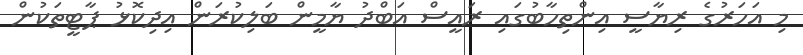
މި އަހަރުގެ ރިޔާސީ އިންތިހާބުގައި ރައީސް އަބްދު ޔާމީން ބަލިކުރަން އިދިކޮޅު ޕާޓީތަކުން